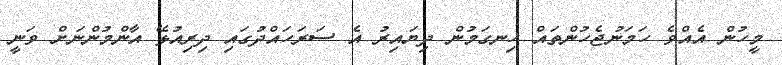
މީހުން އެއްވެ ހަމަނުޖެހުންތައް ހިނގަމުން ދިޔައިރު އެ ސަރަހައްދުގައި ދިރިއުޅޭ އާންމުންނަށް ވަނީ